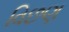
વિછણ